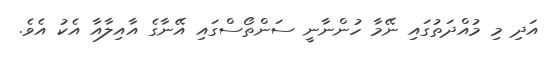
އަދި މި މުއްދަތުގައި ނޭމާ ހުންނާނީ ސަންތޯސްގައި އޭނާގެ އާއިލާއާ އެކު އެވެ.